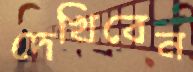
দেখিবেন